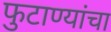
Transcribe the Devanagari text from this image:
फुटाण्यांचा